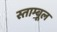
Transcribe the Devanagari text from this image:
स्ताम्बूल